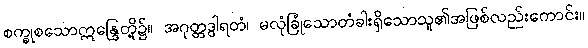
စက္ခုစသောဣန္ဒြေတို့၌။ အဂုတ္တဒွါရတံ၊ မလုံခြုံသောတံခါးရှိသောသူ၏အဖြစ်လည်းကောင်း။